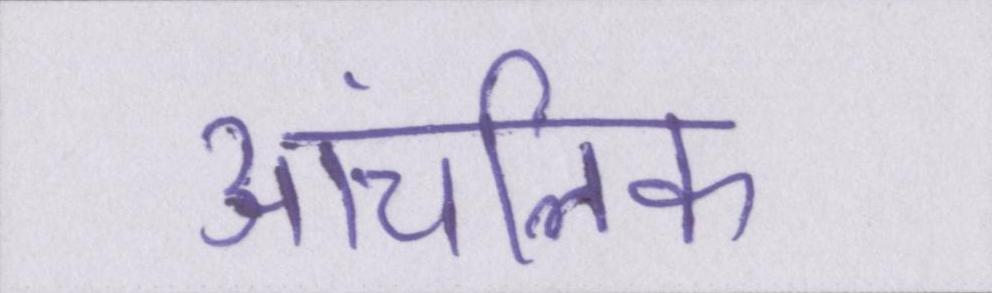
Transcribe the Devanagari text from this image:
आंचलिक